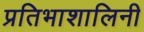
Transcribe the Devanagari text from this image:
प्रतिभाशालिनी